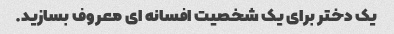
یک دختر برای یک شخصیت افسانه ای معروف بسازید.